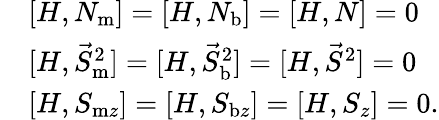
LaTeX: \begin{array}{rl}&{[H,N_{\mathrm{m}}]=[H,N_{\mathrm{b}}]=[H,N]=0}\\ &{[H,\vec{S}_{\mathrm{m}}^{2}]=[H,\vec{S}_{\mathrm{b}}^{2}]=[H,\vec{S}^{2}]=0}\\ &{[H,S_{\mathrm{m}z}]=[H,S_{\mathrm{b}z}]=[H,S_{z}]=0.}\end{array}